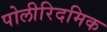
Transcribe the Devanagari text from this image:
पोलीरिदमिक